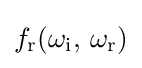
f_{\text{r}}(\omega _{\text{i}},\,\omega _{\text{r}})